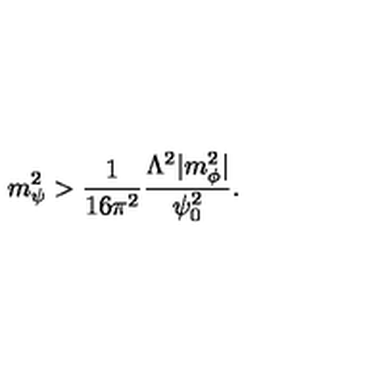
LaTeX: m _ { \psi } ^ { 2 } > \frac { 1 } { 1 6 \pi ^ { 2 } } \frac { \Lambda ^ { 2 } | m _ { \phi } ^ { 2 } | } { \psi _ { 0 } ^ { 2 } } .